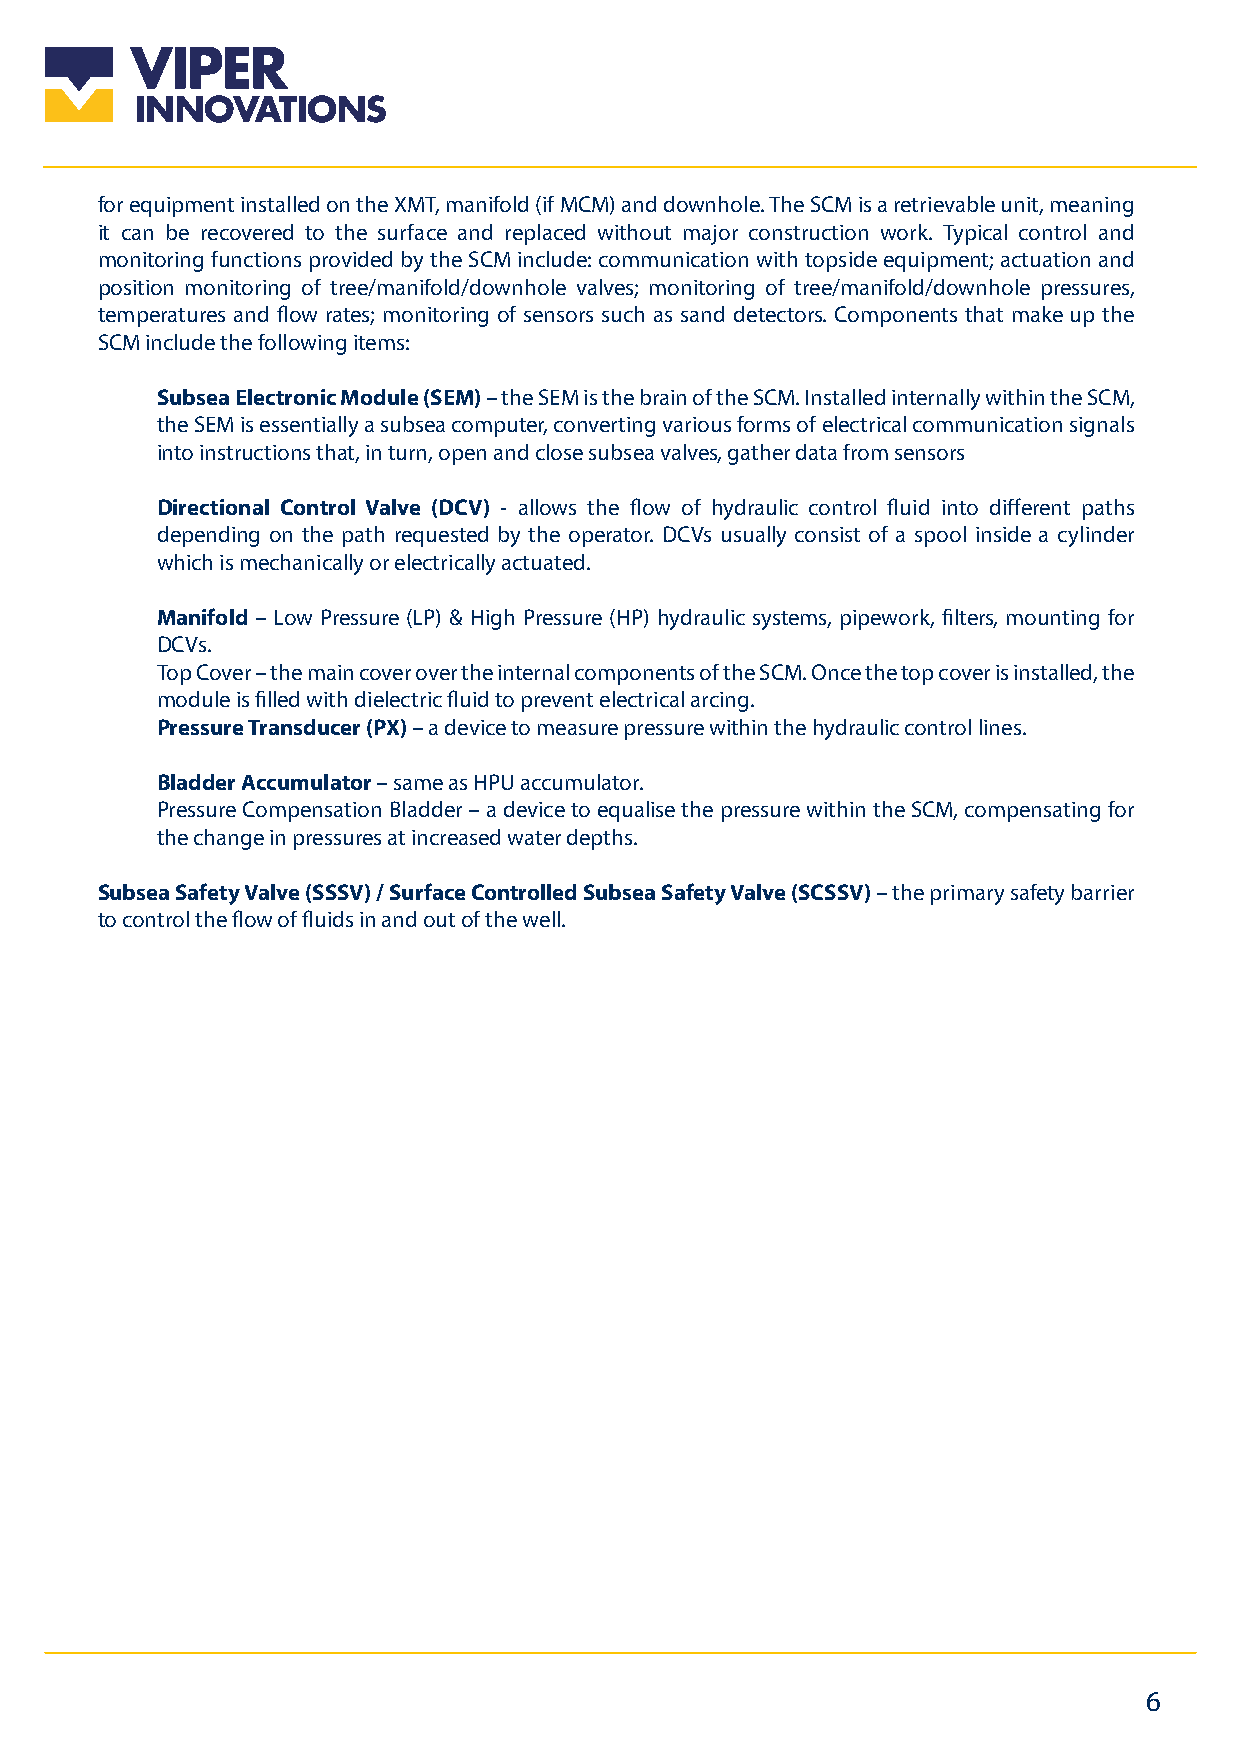
for equipment installed on the XMT, manifold (if MCM) and downhole. The SCM is a retrievable unit, meaning
 it can be recovered to the surface and replaced without major construction work. Typical control and
 monitoring functions provided by the SCM include: communication with topside equipment; actuation and
 position monitoring of tree/manifold/downhole valves; monitoring of tree/manifold/downhole pressures,
 temperatures and flow rates; monitoring of sensors such as sand detectors. Components that make up the
 SCM include the following items:
 Subsea Electronic Module (SEM) – the SEM is the brain of the SCM. Installed internally within the SCM,
 the SEM is essentially a subsea computer, converting various forms of electrical communication signals
 into instructions that, in turn, open and close subsea valves, gather data from sensors
 Directional Control Valve (DCV) - allows the flow of hydraulic control fluid into different paths
 depending on the path requested by the operator. DCVs usually consist of a spool inside a cylinder
 which is mechanically or electrically actuated.
 Manifold – Low Pressure (LP) & High Pressure (HP) hydraulic systems, pipework, filters, mounting for
 DCVs.
 Top Cover – the main cover over the internal components of the SCM. Once the top cover is installed, the
 module is filled with dielectric fluid to prevent electrical arcing.
 Pressure Transducer (PX) – a device to measure pressure within the hydraulic control lines.
 Bladder Accumulator – same as HPU accumulator.
 Pressure Compensation Bladder – a device to equalise the pressure within the SCM, compensating for
 the change in pressures at increased water depths.
 Subsea Safety Valve (SSSV) / Surface Controlled Subsea Safety Valve (SCSSV) – the primary safety barrier
 to control the flow of fluids in and out of the well.
 6